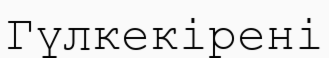
Гүлкекірені